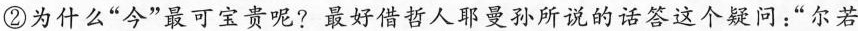
②为什么”今”最可宝贵呢?最好借哲人耶曼孙所说的话答这个疑问：”尔若